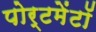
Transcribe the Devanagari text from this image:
पोर्टमेंटॉ